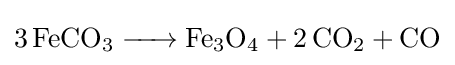
{\ce {3 FeCO3 -> Fe3O4 + 2 CO2 + CO}}